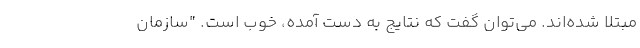
مبتلا شده‌اند. می‌توان گفت که نتایج به دست آمده، خوب است. "سازمان